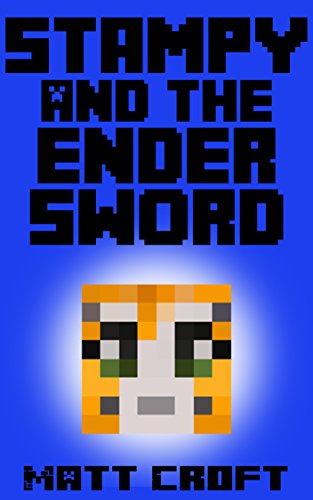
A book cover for Stampy and the Ender Sword: Novel Inspired by StampyLongNose (Stampy's Super Secret Sidequests Book 3); Matt Croft; Children's Books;